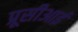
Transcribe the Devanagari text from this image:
प्रूसीआई